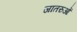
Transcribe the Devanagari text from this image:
जातरुओं